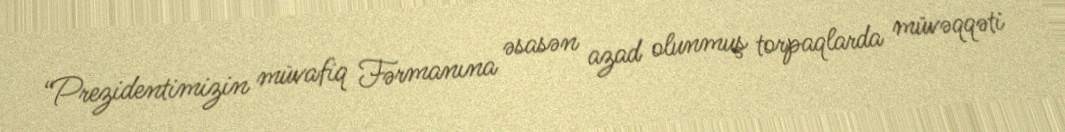
“Prezidentimizin müvafiq Fərmanına əsasən azad olunmuş torpaqlarda müvəqqəti